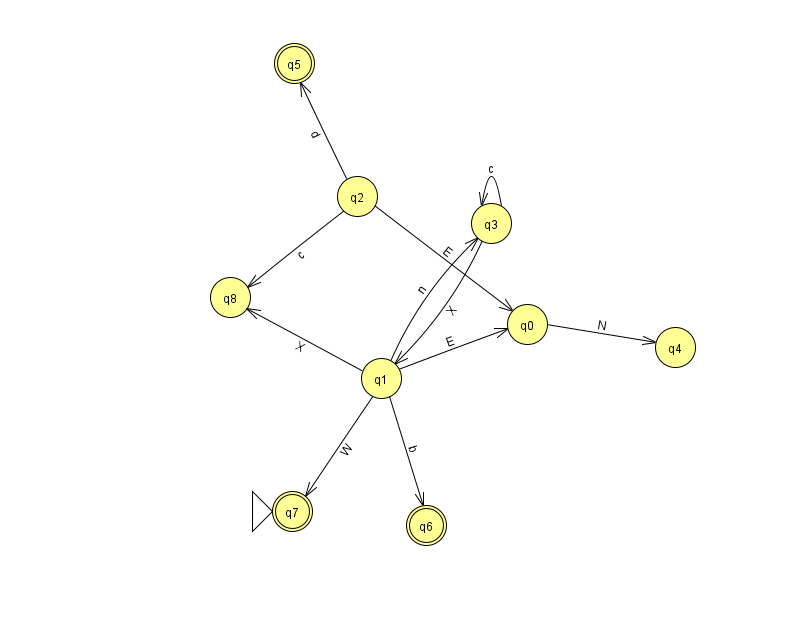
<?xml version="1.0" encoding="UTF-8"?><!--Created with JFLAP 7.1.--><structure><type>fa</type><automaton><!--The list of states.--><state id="0" name="q0"><x>527.0</x><y>311.0</y></state><state id="1" name="q1"><x>381.0</x><y>365.0</y></state><state id="2" name="q2"><x>357.0</x><y>183.0</y></state><state id="3" name="q3"><x>491.0</x><y>210.0</y></state><state id="4" name="q4"><x>675.0</x><y>334.0</y></state><state id="5" name="q5"><x>294.0</x><y>50.0</y><final/></state><state id="6" name="q6"><x>426.0</x><y>512.0</y><final/></state><state id="7" name="q7"><x>292.0</x><y>498.0</y><initial/><final/></state><state id="8" name="q8"><x>230.0</x><y>284.0</y></state><!--The list of transitions.--><transition><from>0</from><to>4</to><read>N</read></transition><transition><from>1</from><to>0</to><read>E</read></transition><transition><from>2</from><to>5</to><read>d</read></transition><transition><from>3</from><to>1</to><read>X</read></transition><transition><from>3</from><to>3</to><read>c</read></transition><transition><from>1</from><to>7</to><read>W</read></transition><transition><from>1</from><to>3</to><read>n</read></transition><transition><from>1</from><to>6</to><read>b</read></transition><transition><from>1</from><to>8</to><read>X</read></transition><transition><from>2</from><to>0</to><read>E</read></transition><transition><from>2</from><to>8</to><read>c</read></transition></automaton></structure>